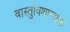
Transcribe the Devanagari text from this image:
वास्तुविशारदाचा